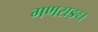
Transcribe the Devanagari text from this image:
गणसङ्घ